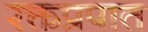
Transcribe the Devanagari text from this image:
रक्तप्रपात